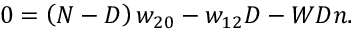
0 = \left( N - D \right) w _ { 2 0 } - w _ { 1 2 } D - W D n .